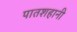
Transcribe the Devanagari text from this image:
पातशहानी